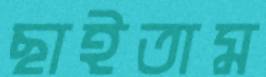
ছাইতাম